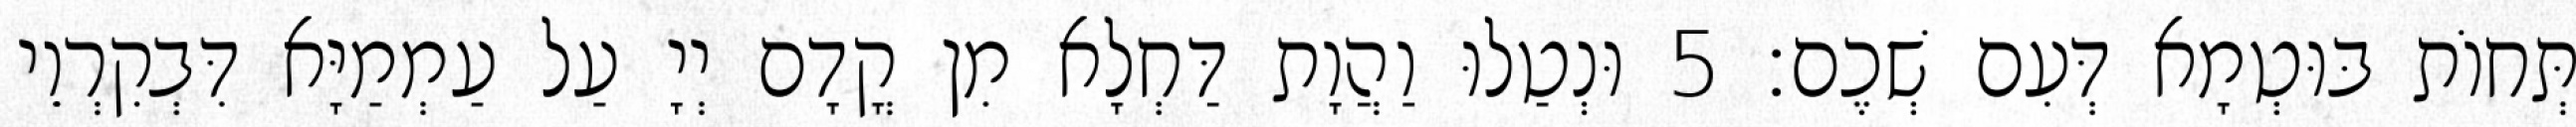
תְּחוֹת בּוּטְמָא דְּעִם שְׁכֶם׃ 5 וּנְטַלוּ וַהֲוָת דַּחְלָא מִן קֳדָם יְיָ עַל עַמְמַיָּא דִּבְקִרְוֵי